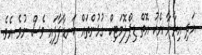
އަދި އިރާނާ އެކު އޮތް ޑިޕްލޮމަޓިކް ގުޅުންތައް ކަނޑާލާފައި ވެސް ނުވެ އެވެ.